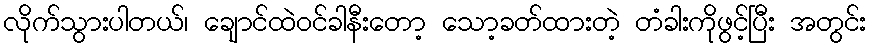
လိုက်သွားပါတယ်၊ ချောင်ထဲဝင်ခါနီးတော့ သော့ခတ်ထားတဲ့ တံခါးကိုဖွင့်ပြီး အတွင်း